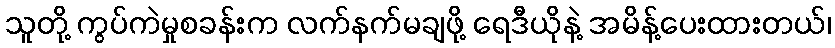
သူတို့ ကွပ်ကဲမှုစခန်းက လက်နက်မချဖို့ ရေဒီယိုနဲ့ အမိန့်ပေးထားတယ်၊